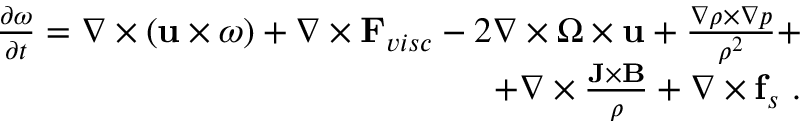
\begin{array} { r } { \frac { \partial \boldsymbol { \omega } } { \partial t } = \boldsymbol { \nabla } \times ( \mathbf { u } \times \boldsymbol { \omega } ) + \nabla \times \mathbf { F } _ { v i s c } - 2 \nabla \times \boldsymbol { \Omega } \times \mathbf { u } + \frac { \nabla \rho \times \nabla p } { \rho ^ { 2 } } + } \\ { + \nabla \times \frac { \mathbf { J } \times \mathbf { B } } { \rho } + \nabla \times \mathbf { f } _ { s } ~ . } \end{array}